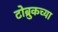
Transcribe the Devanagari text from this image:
टोब्रुकच्या